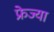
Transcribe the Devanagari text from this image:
फ्रेज्या